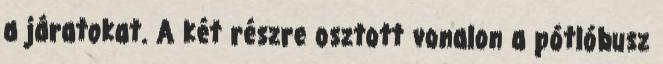
a járatokat. A két részre osztott vonalon a pótlóbusz